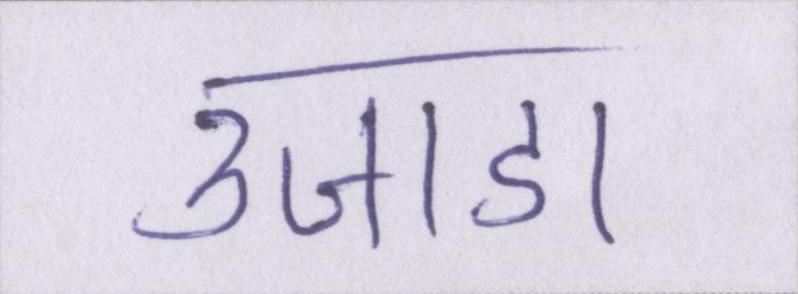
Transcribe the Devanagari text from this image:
उजाडा